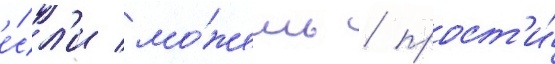
е́сл'и мо́жешь / прост'и́